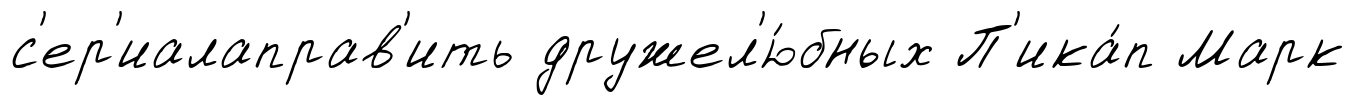
с'ер'иалаправ'ить дружел'ю́бных П'ика́п Марк